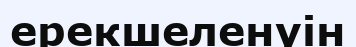
ерекшеленуін